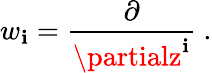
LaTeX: w_{\mathbf{i}}=\frac{{\partial}}{{\partialz^{\mathbf{i}}}}\ .